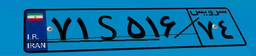
۷۱S۵۱۶۷۴